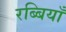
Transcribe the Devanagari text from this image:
रब्बियाँ